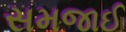
સમજાઈ